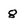
Character: 8